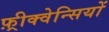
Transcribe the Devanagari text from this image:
फ़्रीक्वेन्सियों